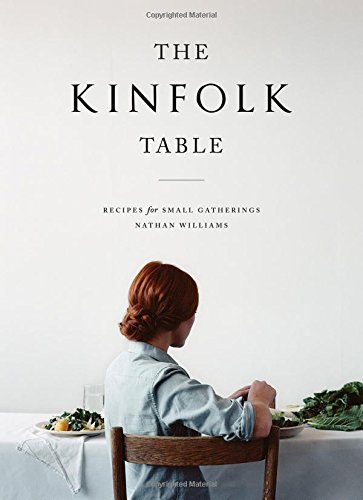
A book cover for The Kinfolk Table; Nathan Williams; Cookbooks, Food & Wine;